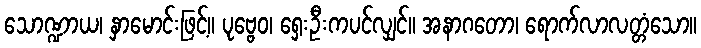
သောဏ္ဍာယ၊ နှာမောင်းဖြင့်။ ပုဗ္ဗေဝ၊ ရှေးဦးကပင်လျှင်။ အနာဂတော၊ ရောက်လာလတ္တံသော။